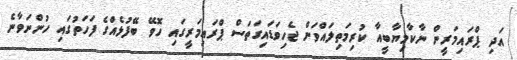
އަދި ޕްރައިމަރީން ނާކާމިޔާބީއާ ކުރިމަތިލައްވަން ޖެހިވަޑައިގަތަސް ޕްރައިމަރީގައި ހޮވޭ ބޭފުޅެއްގެ ފަހަތުގައި ހުންނަވާނެ